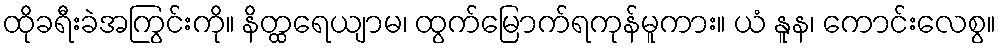
ထိုခရီးခဲအကြွင်းကို။ နိတ္ထရေယျာမ၊ ထွက်မြောက်ရကုန်မူကား။ ယံ နူန၊ ကောင်းလေစွ။